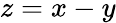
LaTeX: z=x-y